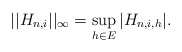
\begin{align*}||H_{n,i}||_{\infty} = \sup_{h \in E}|H_{n,i,h}|.\end{align*}